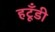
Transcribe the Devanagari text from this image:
हटूँडी